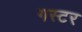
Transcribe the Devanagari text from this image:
गस्टर